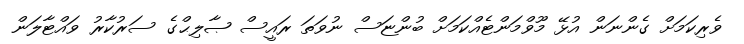
ވެރިކަމަށް ގެންނަން އުޅޭ މޫވްމަންޓެއްކަމަށް ބުންޏަސް ނުވަތަ ރައީސް ޞާލިޙްގެ ސަރުކާރު ވައްޓާލަން